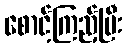
စောင့်ကြည့်ပြီး